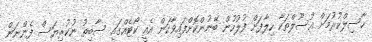
ހާސިލްކުރުމަށް އުސޫލްތަކާ ހިލާފަށް ފުލުހުން ބޭނުންކޮށްފައިވާކަން އެއީ ކޯޓެއްގައި ސާބިތު ނުކުރިޔަސް ފެންނަން